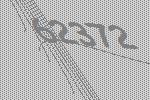
62372